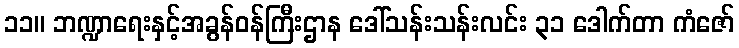
၁၁။ ဘဏ္ဍာရေးနှင့်အခွန်ဝန်ကြီးဌာန ဒေါ်သန်းသန်းလင်း ၃၁ ဒေါက်တာ ကံဇော်